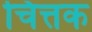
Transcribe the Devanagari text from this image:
चित्तक